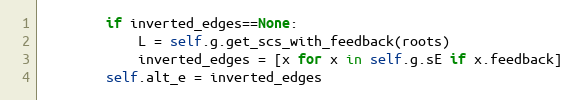
Language: Python
        if inverted_edges==None:
            L = self.g.get_scs_with_feedback(roots)
            inverted_edges = [x for x in self.g.sE if x.feedback]
        self.alt_e = inverted_edges